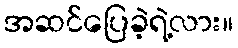
အဆင်ပြေခဲ့ရဲ့လား။